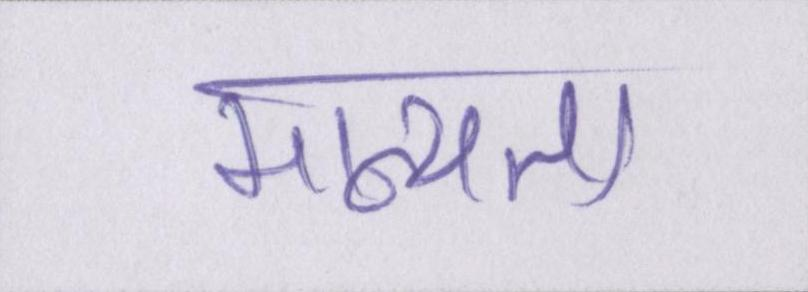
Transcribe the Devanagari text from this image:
मान्यता